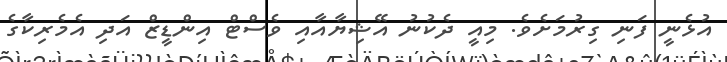
އުޅެނީ ފަނި ގިރުމަށެވެ. މިއީ ދެކުނު އޭޝިޔާއާއި ވެސްޓް އިންޑީޒް އަދި އެމެރިކާގެ